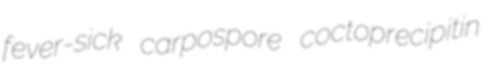
fever-sick carpospore coctoprecipitin